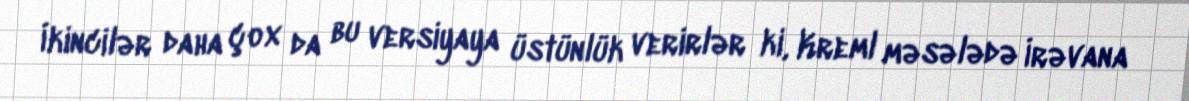
İkincilər daha çox da bu versiyaya üstünlük verirlər ki, Kreml məsələdə İrəvana